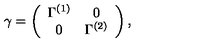
\gamma = \left( \begin{array} { c c } { \Gamma ^ { ( 1 ) } } & { 0 } \\ { 0 } & { \Gamma ^ { ( 2 ) } } \\ \end{array} \right) ,